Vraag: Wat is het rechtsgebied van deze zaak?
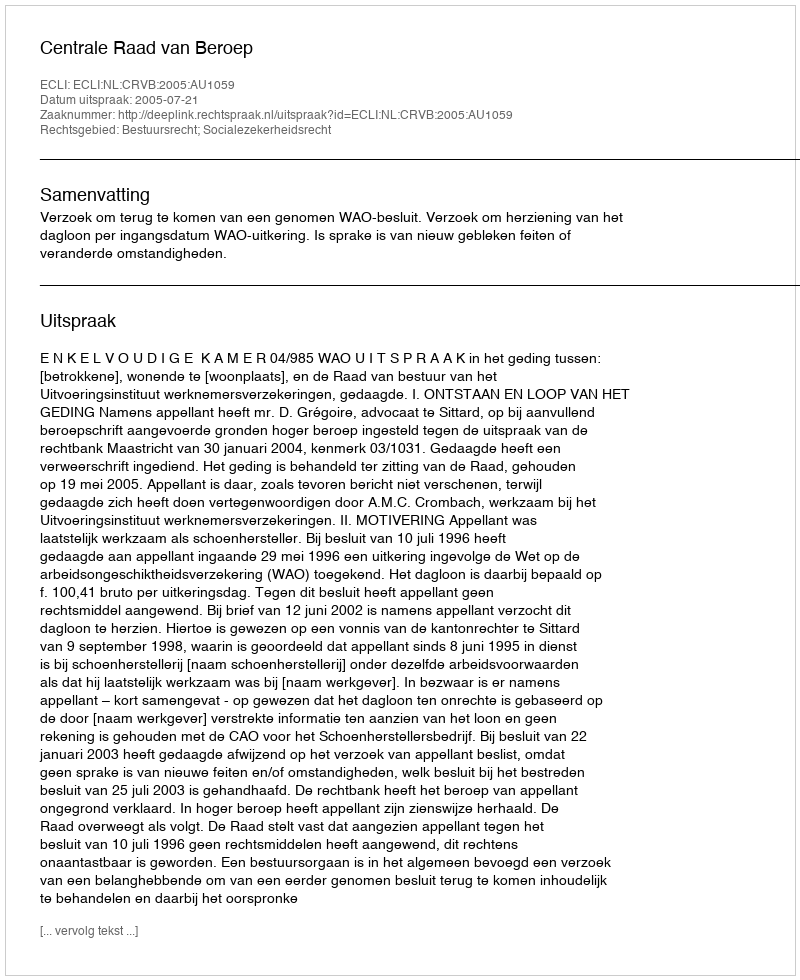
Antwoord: Bestuursrecht; Socialezekerheidsrecht